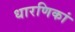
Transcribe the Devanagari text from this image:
धारणिकां